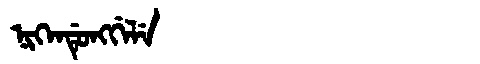
Manchu: ᠨᡳᡴᡝᠨᡩᡠᠩᡤᡝᠯᡝ
Romanization: NIKENDUNGGELE